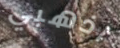
اذهبي